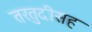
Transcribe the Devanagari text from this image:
तरतुदीसह